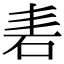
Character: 砉